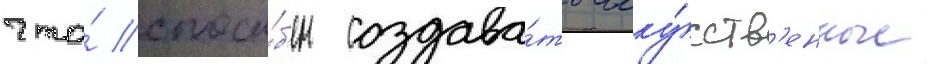
что́ спосо́б'ен создава́ть иску́сств'енные